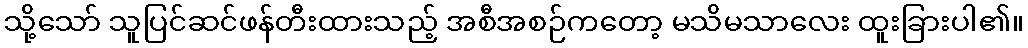
သို့သော် သူပြင်ဆင်ဖန်တီးထားသည့် အစီအစဉ်ကတော့ မသိမသာလေး ထူးခြားပါ၏။